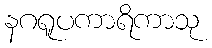
နဂရူပကာရိကာသု